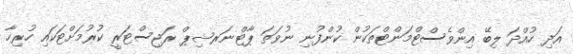
އަދި ހުއްދަ ލިބޭ އިންވެސްޓްމަންޓްތަކުން ކުންފުނި ނުވަތަ ޕާޓްނަރޝިޕް ރަޖިސްޓަރީ ކުރުމަށްޓަކައި ހުރިހާ